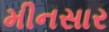
મીનસાર